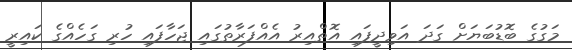
މަގުގެ ބޮޑުބަޔަށް ގަދަ އަވިދީފައި އޮތްއިރު އެއްފަރާތުގައި ޖަހާފައި ހުރި ގަހެއްގެ ކައިރީ